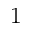
1